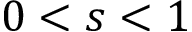
0 < s < 1